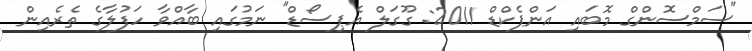
"ސަމްސޮންގް މޮބައި އަންޕެކްޑް 2011: ގޫގަލް އެޕިސޯޑް" ނަމުގައި ބާއްވާ ހަފުލާގެ ތެރެއިން